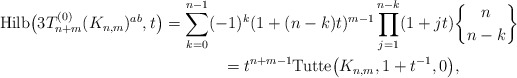
\begin{gather*}{\rm Hilb}\big(3T_{n+m}^{(0)}(K_{n,m})^{ab},t\big)= \sum_{k=0}^{n-1} (-1)^{k}(1+(n-k) t)^{m-1} \prod_{j=1}^{n-k} (1+j t) {n \brace n-k} \\\hphantom{{\rm Hilb}\big(3T_{n+m}^{(0)}(K_{n,m})^{ab},t\big)}{} =t^{n+m-1} {\rm Tutte}\big(K_{n,m},1+t^{-1},0\big),\end{gather*}